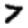
Digit: 7